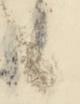
候